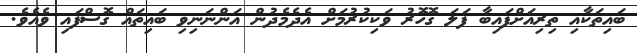
ބައިތަކާއި ތިރިއަށްފައިބާ ފަލަ ގޮހޮރު ވަކިކުރުމަށް އެދެމެދުން އަންނަނިވި ބައިތައް ގޮސްފައި ވެއެވެ.